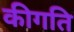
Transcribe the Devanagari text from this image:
कीगति